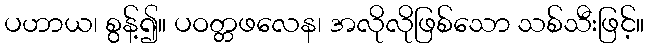
ပဟာယ၊ စွန့်၍။ ပဝတ္တဖလေန၊ အလိုလိုဖြစ်သော သစ်သီးဖြင့်။